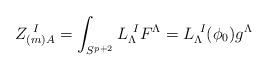
LaTeX: \begin{align*}Z_{(m) A} ^{\ I} = \int _{S^{p+2}} L_\Lambda^{\ I} F^\Lambda = L_\Lambda^{\ I} (\phi_0) g^\Lambda\end{align*}